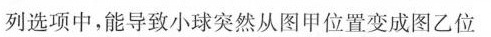
列选项中，能导致小球突然从图甲位置变成图乙位